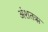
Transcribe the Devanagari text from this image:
अंशतऋ